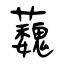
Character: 蘶